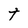
Character: t